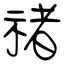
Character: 禇